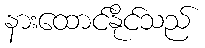
နားထောင်နိုင်သည်